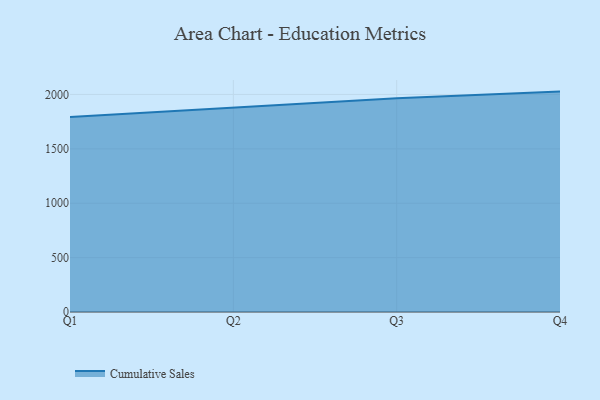
{"axis": {"x": "Quarter", "y": "Population (Million)"}, "legend": ["Cumulative Sales"], "data": [{"x": "Q1", "y": 1792.0, "type": "Cumulative Sales"}, {"x": "Q2", "y": 1875.3, "type": "Cumulative Sales"}, {"x": "Q3", "y": 1965.6, "type": "Cumulative Sales"}, {"x": "Q4", "y": 2026.1, "type": "Cumulative Sales"}]}